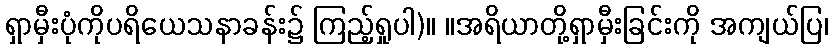
ရှာမှီးပုံကိုပရိယေသနာခန်း၌ ကြည့်ရှုပါ)။ ။အရိယာတို့ရှာမှီးခြင်းကို အကျယ်ပြ၊